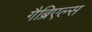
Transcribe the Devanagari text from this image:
गैब्रिएल्स